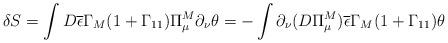
LaTeX: \begin{align*}\delta S=\int D \overline{\epsilon}\Gamma_M(1+\Gamma_{11})\Pi^M_{\mu}\partial_{\nu}\theta= -\int \partial_{\nu}(D\Pi^M_{\mu})\overline{\epsilon}\Gamma_M(1+\Gamma_{11})\theta\end{align*}